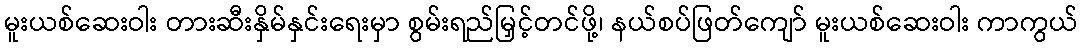
မူးယစ်ဆေးဝါး တားဆီးနှိမ်နှင်းရေးမှာ စွမ်းရည်မြှင့်တင်ဖို့၊ နယ်စပ်ဖြတ်ကျော် မူးယစ်ဆေးဝါး ကာကွယ်